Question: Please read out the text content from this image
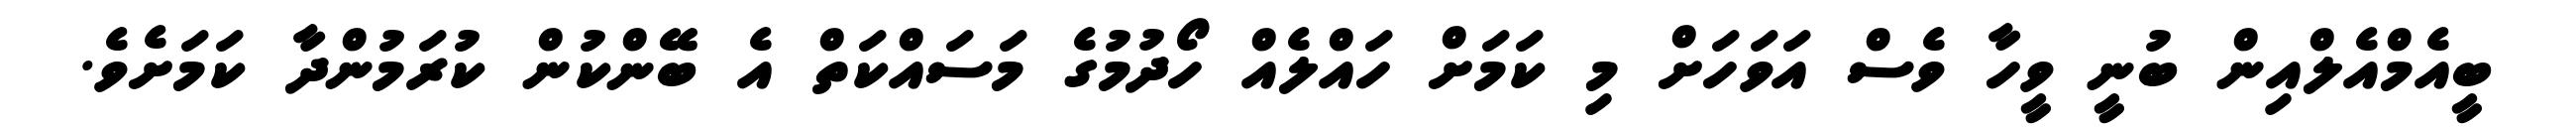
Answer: ބީއެމްއެލްއިން ބުނީ ވީހާ ވެސް އަވަހަށް މި ކަމަށް ހައްލެއް ހޯދުމުގެ މަސައްކަތް އެ ބޭންކުން ކުރަމުންދާ ކަމަށެވެ.